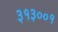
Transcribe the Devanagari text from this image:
३१३००१